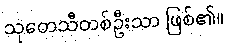
သုတေသီတစ်ဦးသာ ဖြစ်၏။